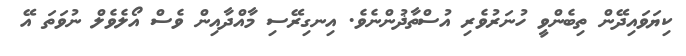
ކިޔަވައިދޭން ތިބެންވީ ހުނަރުވެރި އުސްތާޛުންނެވެ. އިނގިރޭސި މާއްދާއިން ވެސް އޯލެވެލް ނުވަތަ އޭ